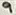
Text: 9